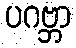
ပဂဗ္ဘာ